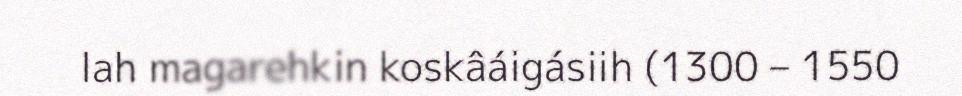
lah magarehkin koskâáigásiih (1300 – 1550